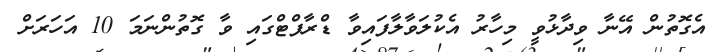
އެގޮތުން އޭނާ ވިދާޅުވީ މިހާރު އެކުލަވާލާފައިވާ ޑްރާފްޓްގައި ވާ ގޮތުންނަމަ 10 އަހަރަށް